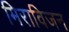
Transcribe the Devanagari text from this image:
मिराविजन